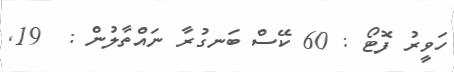
ހަވީރު ފޮޓޯ : 60 ކޭސް ބަނގުރާ ނައްތާލުން :  19